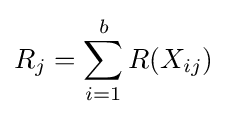
R_{j}=\sum _{i=1}^{b}R(X_{ij})